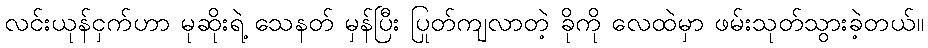
လင်းယုန်ငှက်ဟာ မုဆိုးရဲ့ သေနတ် မှန်ပြီး ပြုတ်ကျလာတဲ့ ခိုကို လေထဲမှာ ဖမ်းသုတ်သွားခဲ့တယ်။